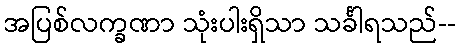
အပြစ်လက္ခဏာ သုံးပါးရှိသာ သင်္ခါရသည်--